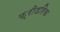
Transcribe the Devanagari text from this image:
फ़्रीडरिक